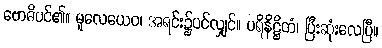
ဗောဓိပင်၏။ မူလေယေဝ၊ အရင်း၌ပင်လျှင်။ ပရိနိဋ္ဌိတံ၊ ပြီးဆုံးလေပြီ။